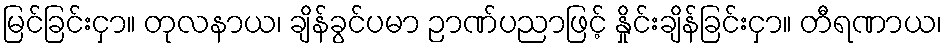
မြင်ခြင်းငှာ။ တုလနာယ၊ ချိန်ခွင်ပမာ ဉာဏ်ပညာဖြင့် နှိုင်းချိန်ခြင်းငှာ။ တီရဏာယ၊